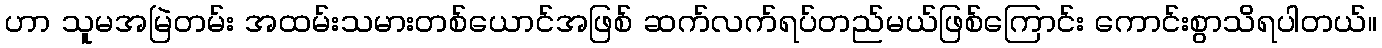
ဟာ သူမအမြဲတမ်း အထမ်းသမားတစ်ယောင်အဖြစ် ဆက်လက်ရပ်တည်မယ်ဖြစ်ကြောင်း ကောင်းစွာသိရပါတယ်။